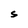
Character: S